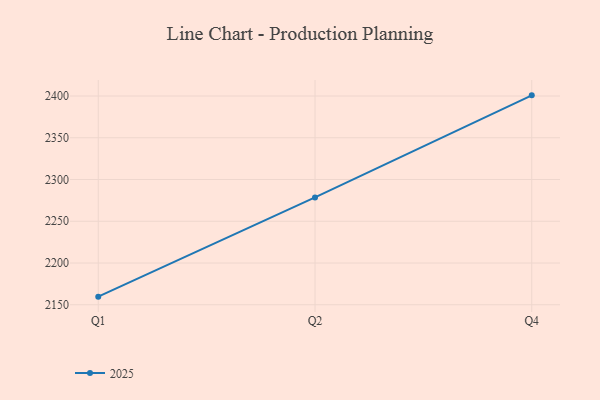
{"axis": {"x": "Quarter", "y": "Energy Usage (MWh)"}, "legend": ["2025"], "data": [{"x": "Q1", "y": 2159.7, "type": "2025"}, {"x": "Q2", "y": 2278.6, "type": "2025"}, {"x": "Q4", "y": 2400.8, "type": "2025"}]}